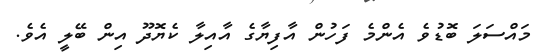
މައްސަލަ ބޮޑުވެ އެންމެ ފަހުން އާފިޔާގެ އާއިލާ ކެޔޮދޫ އިން ބޭލީ އެވެ.